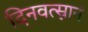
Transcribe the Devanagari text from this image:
दिनवत्स्नानं